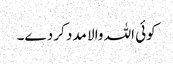
کوئی اللہ والا مدد کر دے۔